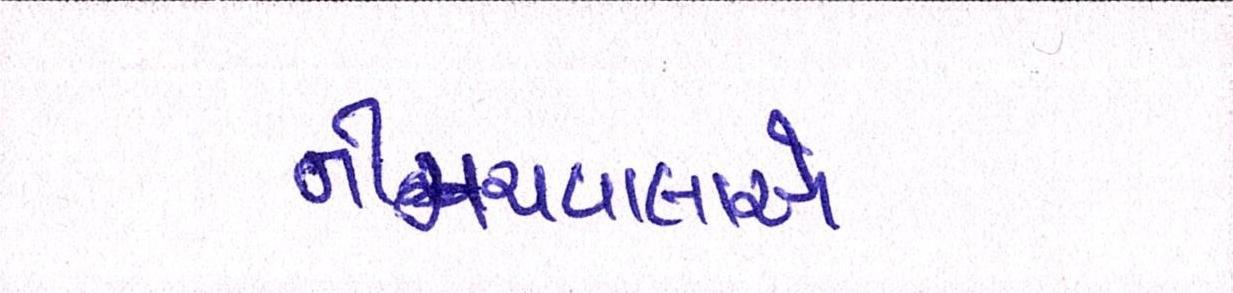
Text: નીમચવાલાએ